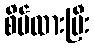
စိမ်ထားပြီး